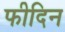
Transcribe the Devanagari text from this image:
फीदिन